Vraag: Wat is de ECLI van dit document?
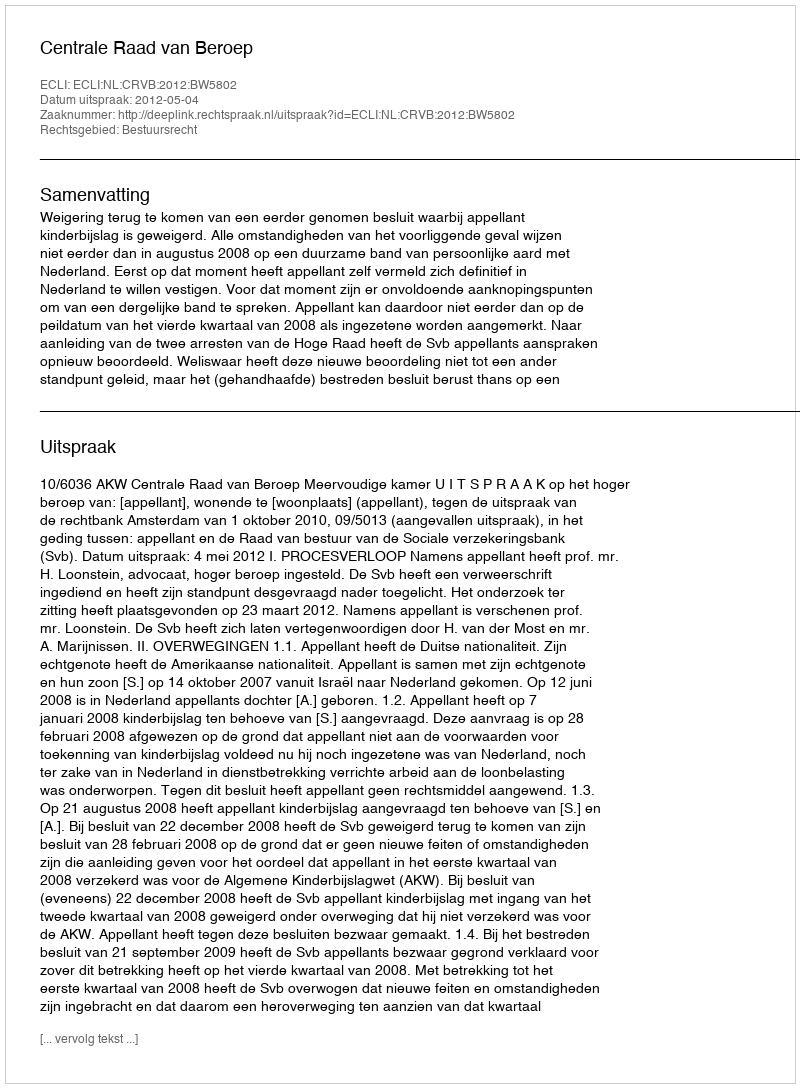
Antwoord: ECLI:NL:CRVB:2012:BW5802